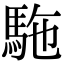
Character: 駞